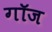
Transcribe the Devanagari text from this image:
गॉज